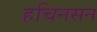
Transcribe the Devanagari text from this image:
हचिनसन